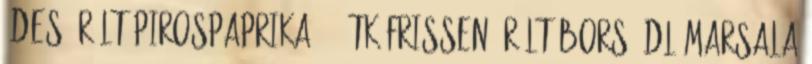
édes őrölt pirospaprika 1 2tk frissen őrölt bors 2dl Marsala